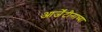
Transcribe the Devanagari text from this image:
आर्जेंटीनाच्या